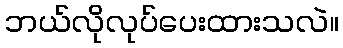
ဘယ်လိုလုပ်ပေးထားသလဲ။